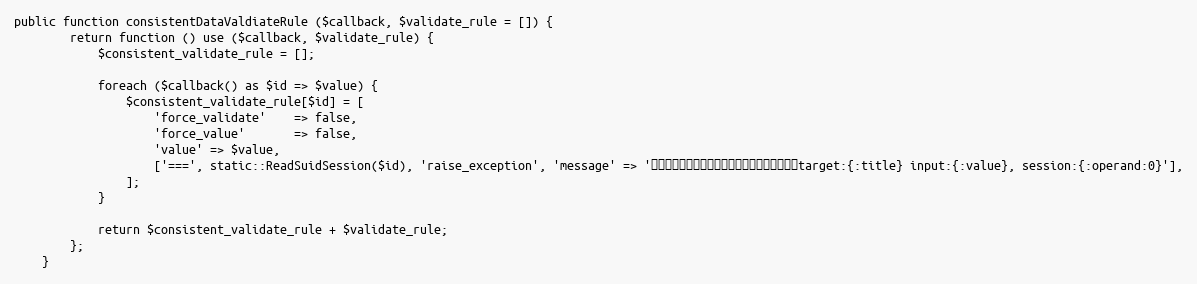
Language: PHP
public function consistentDataValdiateRule ($callback, $validate_rule = []) {
		return function () use ($callback, $validate_rule) {
			$consistent_validate_rule = [];

			foreach ($callback() as $id => $value) {
				$consistent_validate_rule[$id] = [
					'force_validate'	=> false,
					'force_value'		=> false,
					'value'	=> $value,
					['===', static::ReadSuidSession($id), 'raise_exception', 'message' => 'トランザクション中固定値がマッチしません。target:{:title} input:{:value}, session:{:operand:0}'],
				];
			}

			return $consistent_validate_rule + $validate_rule;
		};
	}